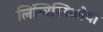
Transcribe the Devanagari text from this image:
लिंग्विस्टिकोया